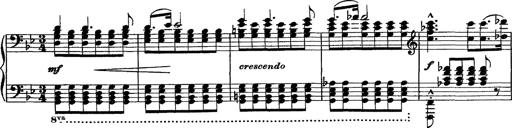
Title: Piano Sonata
Composer: Karl HÃ¤ssler
Key: C major